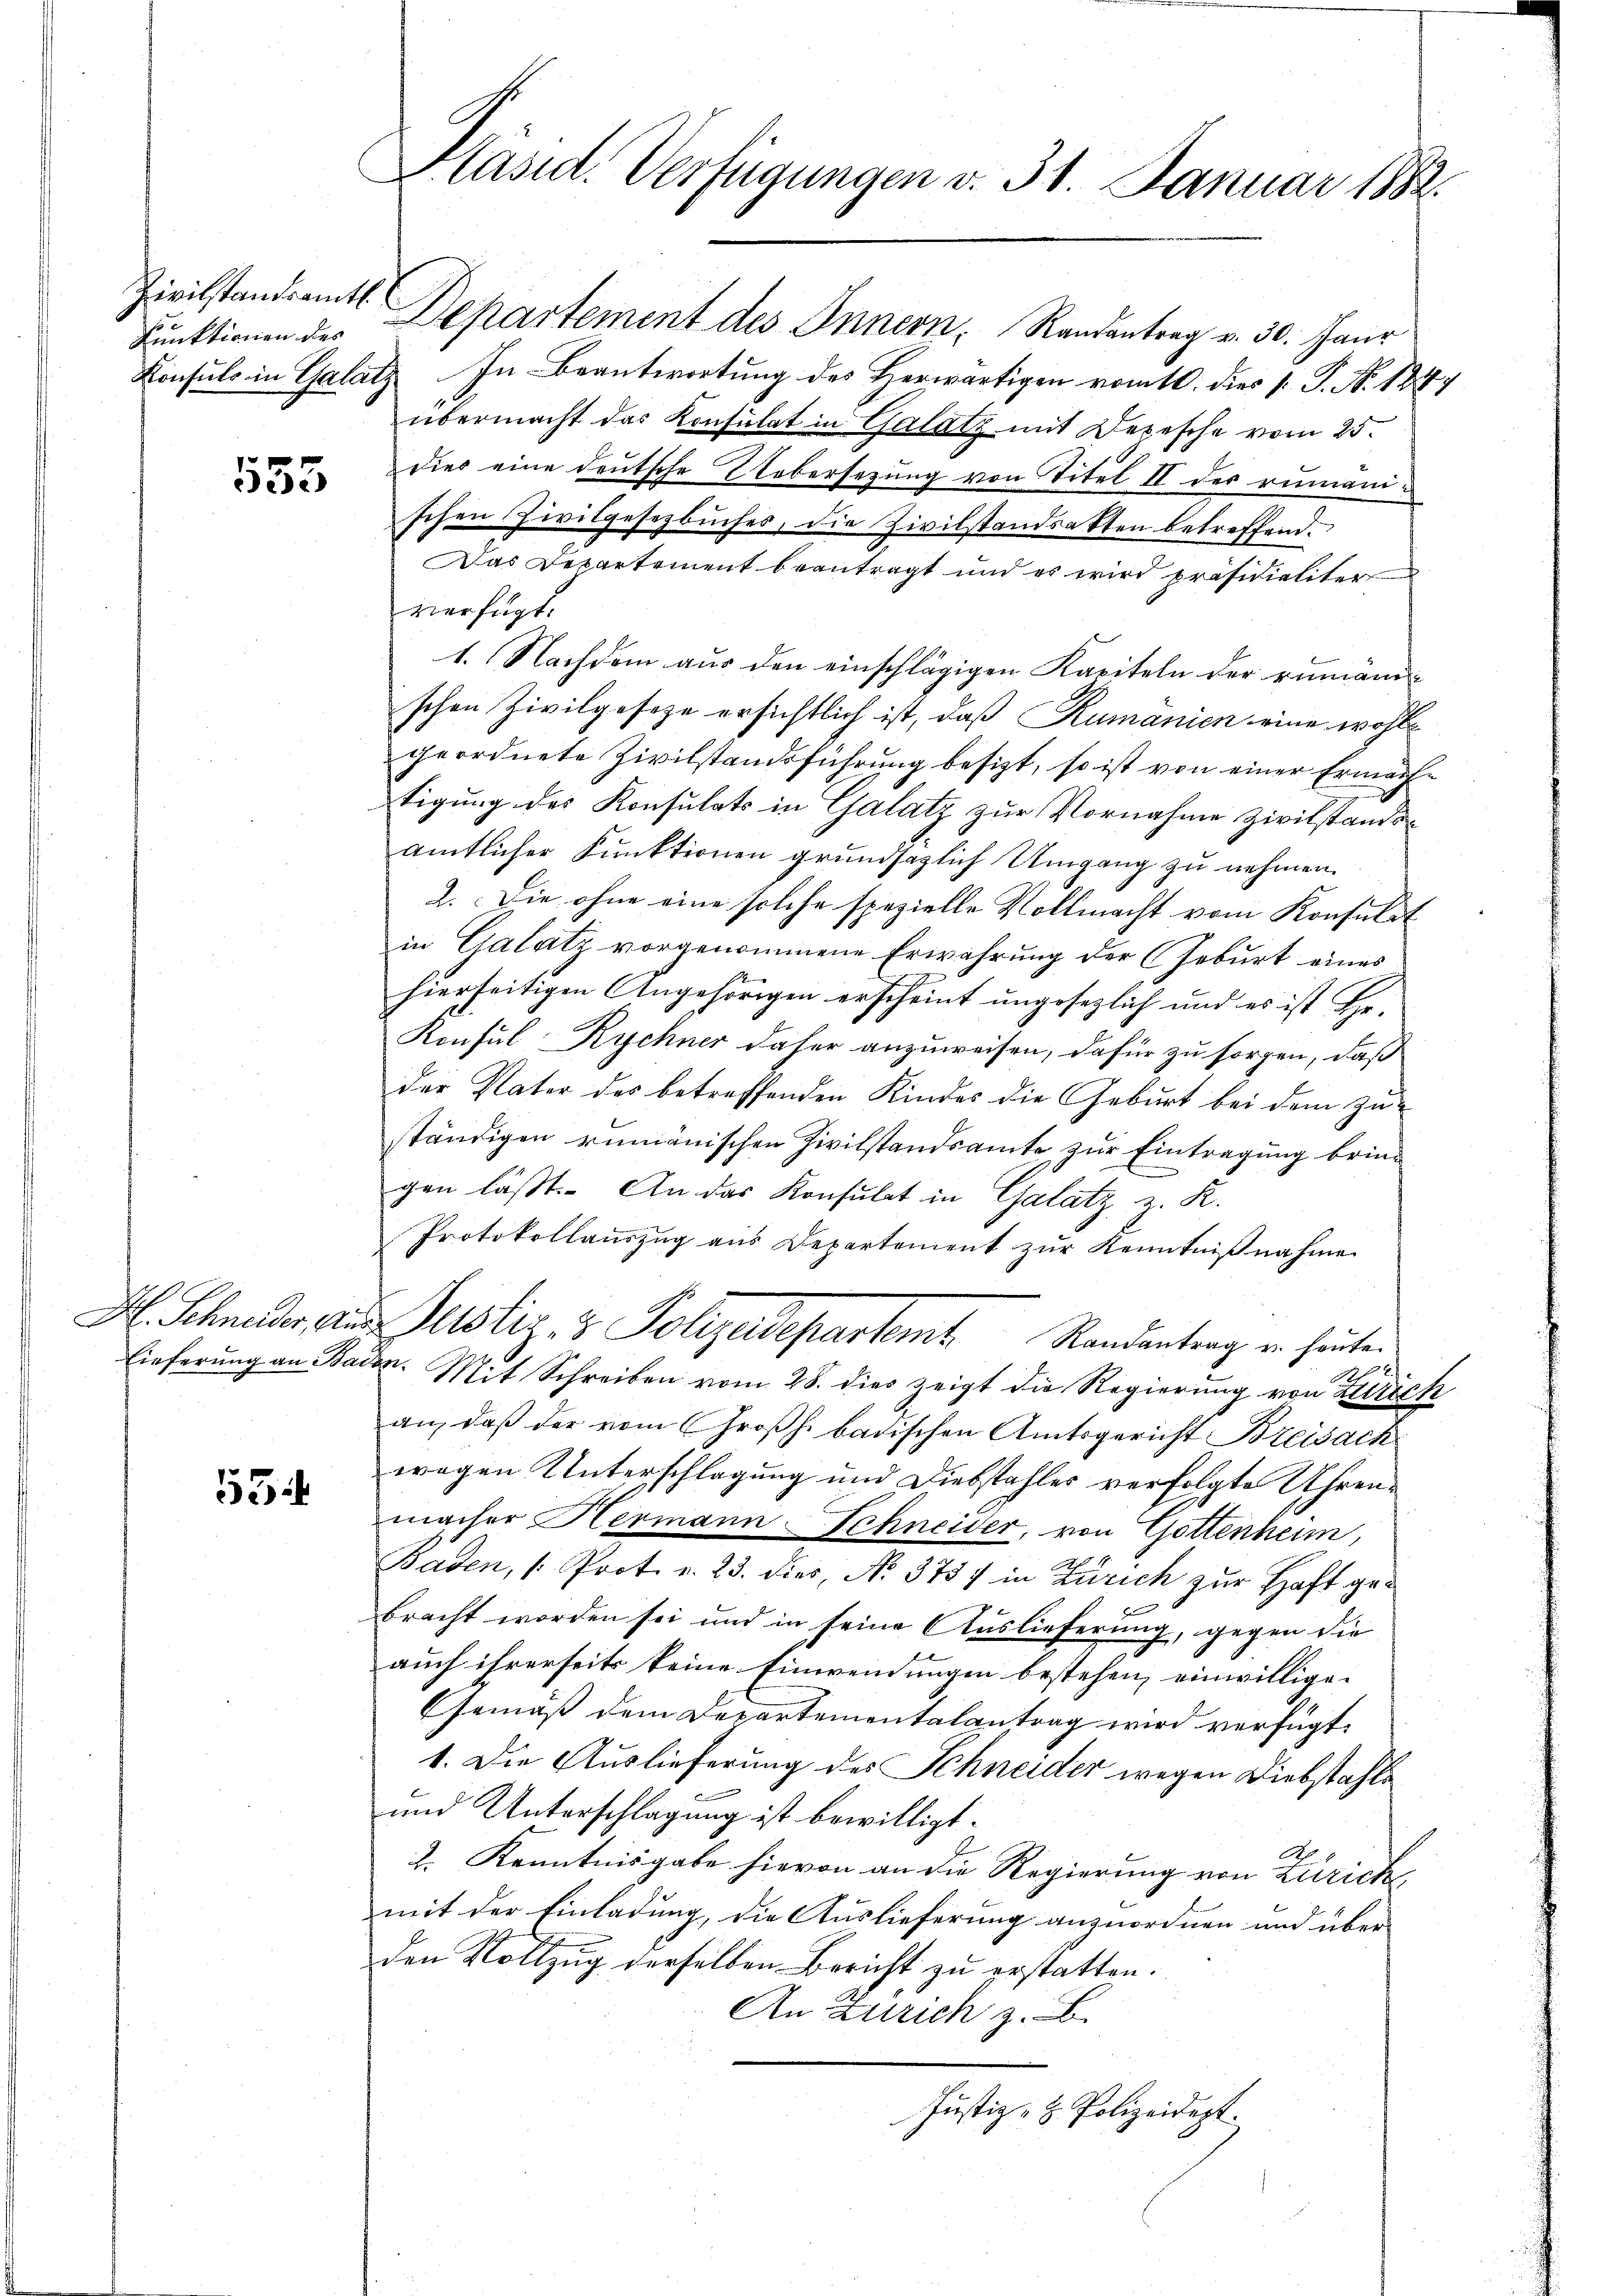
Zivilstandsamtl.
Punktionen des

535

H. Schneider, An
Lieferung an Ba

3

Präsid. Verfügungen v. 31. Januar 1882.

Departement des Innern, Randantrag v. 30. Jaur
Konsuls in Galatz In Beantwortung des Herwärtigen vom 10. dies s. P. N. 184
übermacht das Konsulat in Galatz mit Depesche vom 25.
dies eine deutsche Ehebersezung von Titel II der rumänischen Zivilgesetzbuches, die Zivilstandsatten betreffend.
Das Departement beantragt und es wird präsidialiter
vierfügt.
1. Nachdem aŭs den einschlägigen Kapiteln der rumänischen Zivilgesetze ersichtlich ist, daß Rumanien eine wohl
geordnete Zivilstandsführung besizt, so ist von einer Ermächtigung des Konsulats in Galatz zur Vornahme Zivilstandsamtlicher Funktionen grundsazlich Umgang zu nehmen.
2. Die ohne eine solche spezielle Vollmacht vom Konsulat
in Galatz vorgenommene Erwährung der Geburt eines
hierseitigen Angehörigen erscheint ungesezlich und es ist Hr.
Konsul Rychner daher anzuweisen, dafür zu sorgen, daß
der Vater des betreffenden Kindes die Geburt bei dem zuständigen rumänischen Zivilstandsamte zur Eintragung bringen läßt. An das Konsulat in Galatz z. R.
Protokollauszug aus Departement zŭr Kenntnißnahme
Justiz & Polizedepartemt Randantrag von heuten
2
den. Mit Schreiben vom 28. dies zeigt die Regierung von Zürich
an, daß der vom Großh. badischen Amtsgericht Breisach
wegen Unterschlagung und Diebstahles verfolgte Uhrenmacher Hermann-Schneider, von Gottenheim,
Baden, (Prot. v. 23. dies, No. 3757 in Zürich zur Haft ge¬

bracht worden sei und in seine Auslieferung, gegen die
auch ihrerseits keine Einwendungen bestehen, einwillige-
Gemäß dem Departementalantrag wird verfügt:
1. Die Auslieferung des Schneider wegen Diebstahle
und Unterschlagung ist bewilligt.
No. 1
2. Kenntnisgabe hievon an die Regierung von Zürich
mit der Einladung, die Auslieferung anzuordnen und über
den Vollzug derselben Bericht zu erstatten.
An Zürich z. B.
Justiz- & Polizeidept.